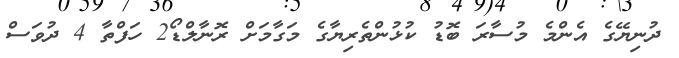
ދުނިޔޭގެ އެންމެ މުސާރަ ބޮޑު ކުޅުންތެރިޔާގެ މަގާމަށް ރޮނާލްޑޯ2 ހަފްތާ 4 ދުވަސް